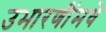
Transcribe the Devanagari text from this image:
उभारणींमधे